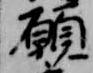
願